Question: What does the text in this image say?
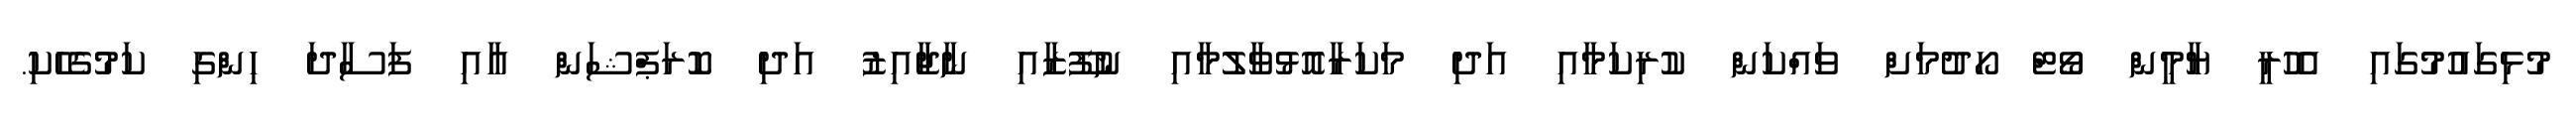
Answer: މުޅިގައުމުގައި އެހުރީ ޔާމީން ވޯޓް ހޯދުމަށް ވައްކަން ކުރިކަމާއި އަދި މަކަރާއޮޅުވާލުމާއި ނުފޫޒާއި ނާޖާއިޒު އަދި ކޮރަޕްޝަން އާއި ފަސާދަ ހިންގި ކަމުގެހެކި.